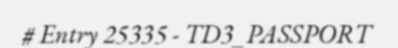
# Entry 25335 - TD3_PASSPORT